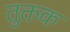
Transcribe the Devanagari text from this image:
तुक्तक